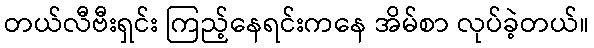
တယ်လီဗီးရှင်း ကြည့်နေရင်းကနေ အိမ်စာ လုပ်ခဲ့တယ်။